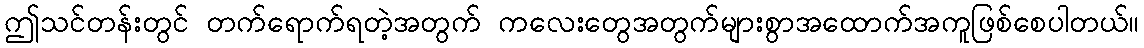
ဤသင်တန်းတွင် တက်ရောက်ရတဲ့အတွက် ကလေးတွေအတွက်များစွာအထောက်အကူဖြစ်စေပါတယ်။